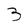
Character: 3